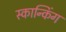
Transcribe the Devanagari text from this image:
स्कान्किंग